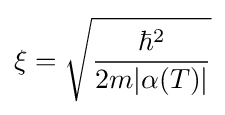
\xi ={\sqrt {\frac {\hbar ^{2}}{2m|\alpha (T)|}}}